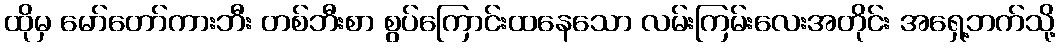
ထိုမှ မော်တော်ကားဘီး တစ်ဘီးစာ စွပ်ကြောင်းထနေသော လမ်းကြမ်းလေးအတိုင်း အရှေ့ဘက်သို့